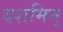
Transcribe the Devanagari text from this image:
दशमिन्‌